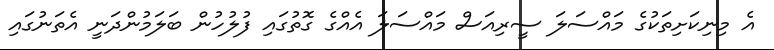
އެ މިނިކަށިތަކުގެ މައްސަލަ ސީރިއަސް މައްސަލަ އެއްގެ ގޮތުގައި ފުލުހުން ބަލަމުންދަނީ އެތަނުގައި